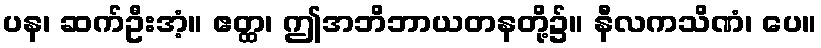
ပန၊ ဆက်ဦးအံ့။ ဧတ္ထ၊ ဤအဘိဘာယတနတို့၌။ နီလကသိဏံ၊ ပေ။